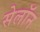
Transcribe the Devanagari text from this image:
सेलॉन